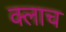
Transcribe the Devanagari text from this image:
क्लाच